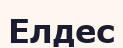
Елдес